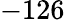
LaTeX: -126